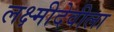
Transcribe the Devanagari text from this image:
लक्ष्मीदेवीला